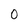
Character: 0